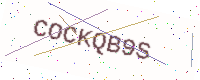
Text: COCKQB9S